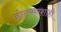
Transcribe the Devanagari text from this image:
होल्करशाही